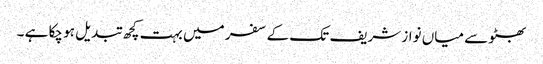
بھٹو سے میاں نواز شریف تک کے سفر میں بہت کچھ تبدیل ہو چکا ہے ۔